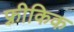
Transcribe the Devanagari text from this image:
फ़्रीकिक